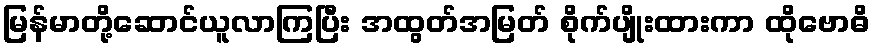
မြန်မာတို့ဆောင်ယူလာကြပြီး အထွတ်အမြတ် စိုက်ပျိုးထားကာ ထိုဗောဓိ